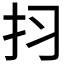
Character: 𱟬